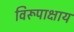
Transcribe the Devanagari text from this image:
विरूपाक्षाय